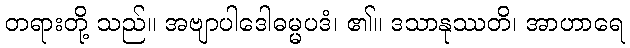
တရားတို့ သည်။ အဗျာပါဒေါဓမ္မပဒံ၊ ၏။ ဒသာနုဿတိ၊ အာဟာရေ